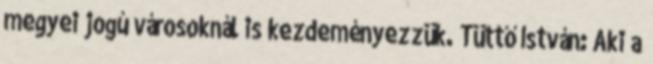
megyei jogú városoknál is kezdeményezzük. Tüttő István: Aki a